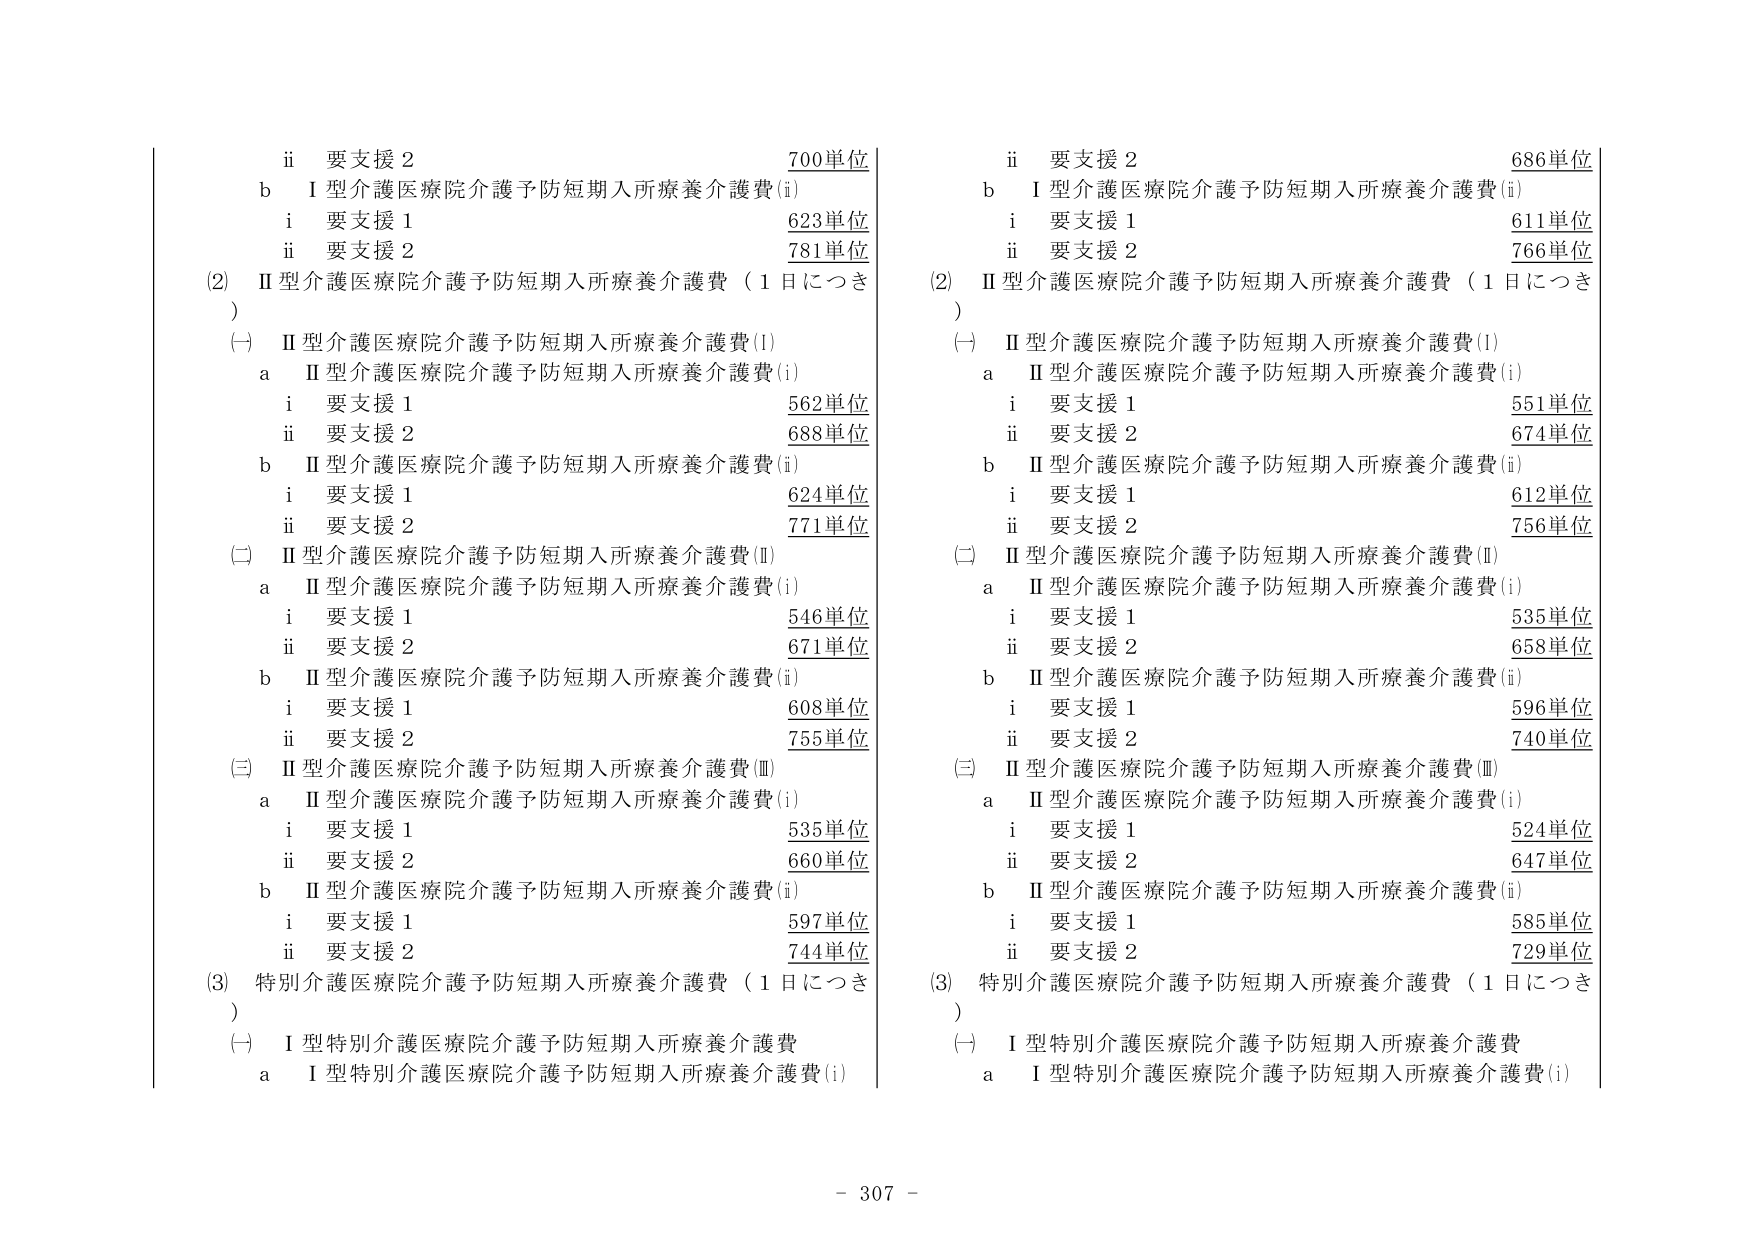
ii 要支援 2 700単位
b I型介護医療院介護予防短期入所療養介護費(i)
i 要支援 1 623単位
ii 要支援 2 781単位
(2) II型介護医療院介護予防短期入所療養介護費（1日につき）
(一) II型介護医療院介護予防短期入所療養介護費(I)
a II型介護医療院介護予防短期入所療養介護費(i)
i 要支援 1 562単位
ii 要支援 2 688単位
b II型介護医療院介護予防短期入所療養介護費(ii)
i 要支援 1 624単位
ii 要支援 2 771単位
(二) II型介護医療院介護予防短期入所療養介護費(II)
a II型介護医療院介護予防短期入所療養介護費(i)
i 要支援 1 546単位
ii 要支援 2 671単位
b II型介護医療院介護予防短期入所療養介護費(ii)
i 要支援 1 608単位
ii 要支援 2 755単位
(三) II型介護医療院介護予防短期入所療養介護費(III)
a II型介護医療院介護予防短期入所療養介護費(i)
i 要支援 1 535単位
ii 要支援 2 660単位
b II型介護医療院介護予防短期入所療養介護費(ii)
i 要支援 1 597単位
ii 要支援 2 744単位
(3) 特別介護医療院介護予防短期入所療養介護費（1日につき）
(一) I型特別介護医療院介護予防短期入所療養介護費
a I型特別介護医療院介護予防短期入所療養介護費(i)

ii 要支援 2 686単位
b I型介護医療院介護予防短期入所療養介護費(ii)
i 要支援 1 611単位
ii 要支援 2 766単位
(2) II型介護医療院介護予防短期入所療養介護費（1日につき）
(一) II型介護医療院介護予防短期入所療養介護費(I)
a II型介護医療院介護予防短期入所療養介護費(i)
i 要支援 1 551単位
ii 要支援 2 674単位
b II型介護医療院介護予防短期入所療養介護費(ii)
i 要支援 1 612単位
ii 要支援 2 756単位
(二) II型介護医療院介護予防短期入所療養介護費(II)
a II型介護医療院介護予防短期入所療養介護費(i)
i 要支援 1 535単位
ii 要支援 2 658単位
b II型介護医療院介護予防短期入所療養介護費(ii)
i 要支援 1 596単位
ii 要支援 2 740単位
(三) II型介護医療院介護予防短期入所療養介護費(III)
a II型介護医療院介護予防短期入所療養介護費(i)
i 要支援 1 524単位
ii 要支援 2 647単位
b II型介護医療院介護予防短期入所療養介護費(ii)
i 要支援 1 585単位
ii 要支援 2 729単位
(3) 特別介護医療院介護予防短期入所療養介護費（1日につき）
(一) I型特別介護医療院介護予防短期入所療養介護費
a I型特別介護医療院介護予防短期入所療養介護費(i)

- 307 -